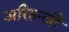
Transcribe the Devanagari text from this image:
अरिहन्तहै